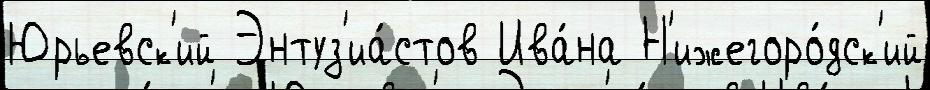
Юрьевск'ий Энтуз'иа́стов Ива́на Н'ижегоро́дск'ий